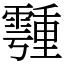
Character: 𩅞